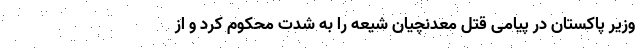
وزیر پاکستان در پیامی قتل معدنچیان شیعه را به شدت محکوم کرد و از